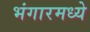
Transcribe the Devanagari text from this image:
भंगारमध्ये